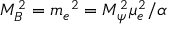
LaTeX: M _ { B } ^ { 2 } = m _ { e } { } ^ { 2 } = M _ { \psi } ^ { 2 } \mu _ { e } ^ { 2 } / \alpha